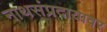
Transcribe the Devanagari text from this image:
नाथसंप्रदायावर